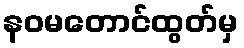
နဝမတောင်ထွတ်မှ